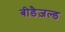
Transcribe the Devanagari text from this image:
बीडैज़ल्ड